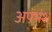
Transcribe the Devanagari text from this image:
अपभंश